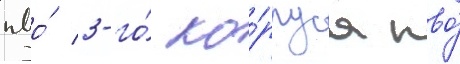
пво́ 3-го́ ко́рпуса пво́